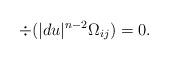
LaTeX: \begin{align*} \div(|du|^{n-2} \Omega_{ij}) = 0.\end{align*}